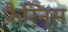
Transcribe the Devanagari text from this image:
फ़ैरिन्स